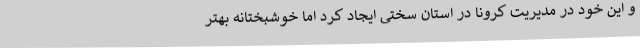
و این خود در مدیریت کرونا در استان سختی ایجاد کرد اما خوشبختانه بهتر